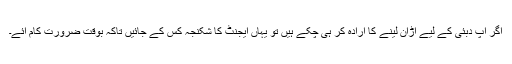
اگر آپ دبئی کے لیے اڑان لینے کا ارادہ کر ہی چکے ہیں تو یہاں ایجنٹ کا شکنجہ کس کے جائیں تاکہ بوقت ضرورت کام آئے۔